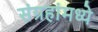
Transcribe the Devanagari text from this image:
संग्रहांमध्ये